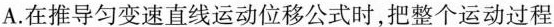
A.在推导匀变速直线运动位移公式时，把整个运动过程